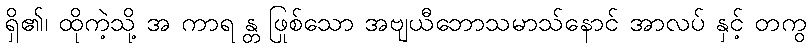
ရှိ၏၊ ထိုကဲ့သို့ အ ကာရ န္တ ဖြစ်သော အဗျယီဘောသမာသ်နောင် အာလုပ် နှင့် တကွ